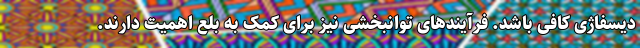
دیسفاژی کافی باشد. فرآیندهای توانبخشی نیز برای کمک به بلع اهمیت دارند.